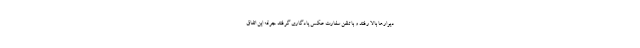
دیوارها بالا رفتند و با تلفن سفارت عکس یادگاری گرفتند جرقه این اتفاق